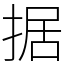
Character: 据